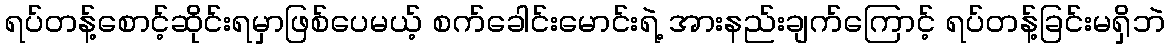
ရပ်တန့်စောင့်ဆိုင်းရမှာဖြစ်ပေမယ့် စက်ခေါင်းမောင်းရဲ့ အားနည်းချက်ကြောင့် ရပ်တန့်ခြင်းမရှိဘဲ